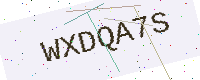
Text: WXDQA7S